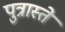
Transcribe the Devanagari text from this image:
पुत्रास्ते